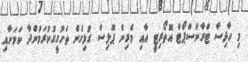
މި ހާދިސާ ޓްރާންސްޕޯޓް އޮތޯރިޓީ އާއި މެރިން ޕޮލިސް ގުޅިގެން ތަހުގީގުކުރަމުންދާ ކަމަށާއި